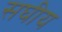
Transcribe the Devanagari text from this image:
सघीय